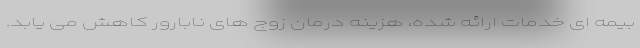
بیمه ای خدمات ارائه شده، هزینه درمان زوج های نابارور کاهش می یابد.